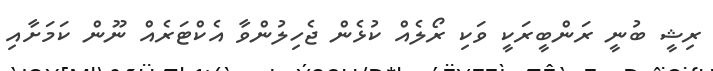
ރިޝީ ބުނީ ރަންބީރަކީ ވަކި ރޯލެއް ކުޅެން ޖެހިލުންވާ އެކްޓަރެއް ނޫން ކަމަށާއި